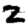
Digit: 2